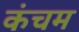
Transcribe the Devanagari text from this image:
कंचम